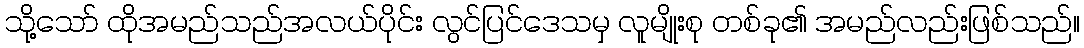
သို့သော် ထိုအမည်သည်အလယ်ပိုင်း လွင်ပြင်ဒေသမှ လူမျိုးစု တစ်ခု၏ အမည်လည်းဖြစ်သည်။